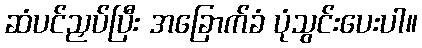
ဆံပင်ညှပ်ပြီး အခြောက်ခံ ပုံသွင်းပေးပါ။